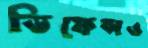
ডিফেন্সও